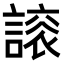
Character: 𧫀